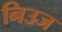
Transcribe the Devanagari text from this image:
निउज